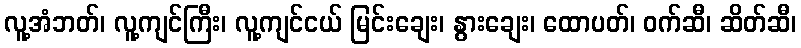
လူ့အံဘတ်၊ လူ့ကျင်ကြီး၊ လူ့ကျင်ငယ် မြင်းချေး၊ နွားချေး၊ ထောပတ်၊ ဝက်ဆီ၊ ဆိတ်ဆီ၊